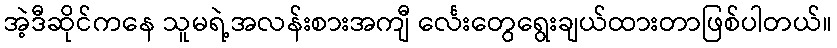
အဲ့ဒီဆိုင်ကနေ သူမရဲ့အလန်းစားအကျီ င်္လေးတွေရွေးချယ်ထားတာဖြစ်ပါတယ်။